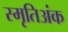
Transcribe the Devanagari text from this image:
स्मृतिअंक